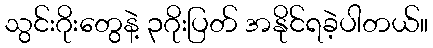
သွင်းဂိုးတွေနဲ့ ၃ဂိုးပြတ် အနိုင်ရခဲ့ပါတယ်။